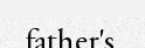
father's